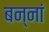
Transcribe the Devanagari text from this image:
बन्नां